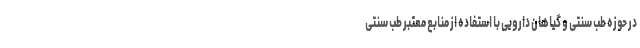
در حوزه طب سنتی و گیاهان دارویی با استفاده از منابع معتبر طب سنتی